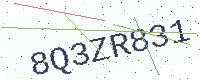
Text: 8Q3ZR831